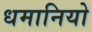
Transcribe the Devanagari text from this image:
धमानियो